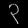
Digit: ၃